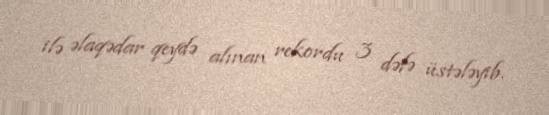
ilə əlaqədar qeydə alınan rekordu 3 dəfə üstələyib.